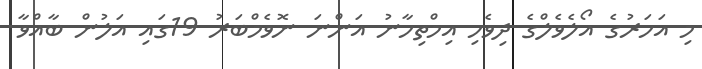
މި އަހަރުގެ އޯލެވެލްގެ ދިވެހި އިމްތިހާނު އަންނަ ނޮވެމްބަރު 19ގައި އަލުން ބާއްވާ